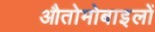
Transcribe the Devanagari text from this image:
औतोमोबाइलों